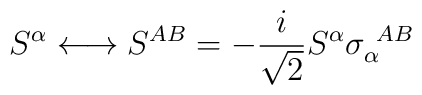
S^{\alpha } \longleftrightarrow S^{AB} = -\frac{i}{\sqrt 2} S^{\alpha } \sigma _{\alpha }^{\ AB} \label j